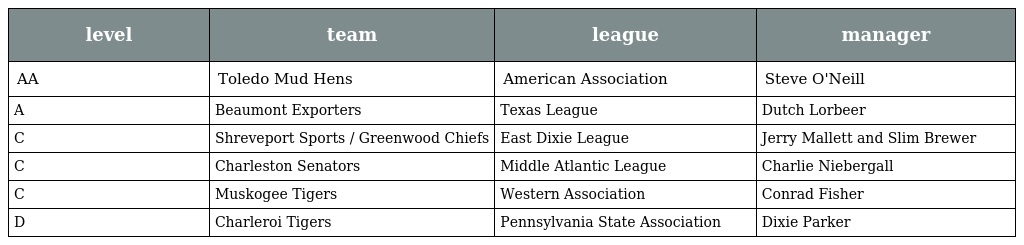
| level | team | league | manager |
 | --- | --- | --- | --- |
 | AA | Toledo Mud Hens | American Association | Steve O'Neill |
 | A | Beaumont Exporters | Texas League | Dutch Lorbeer |
 | C | Shreveport Sports / Greenwood Chiefs | East Dixie League | Jerry Mallett and Slim Brewer |
 | C | Charleston Senators | Middle Atlantic League | Charlie Niebergall |
 | C | Muskogee Tigers | Western Association | Conrad Fisher |
 | D | Charleroi Tigers | Pennsylvania State Association | Dixie Parker |